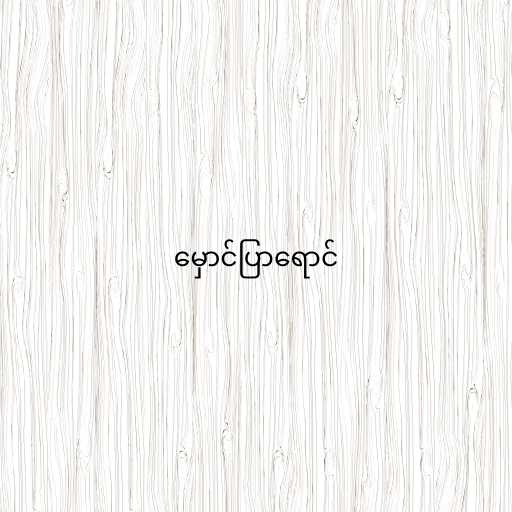
မှောင်ပြာရောင်